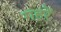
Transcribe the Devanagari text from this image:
गहरें